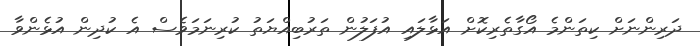
ދަރިންނަށް ކިތަންމެ އޯގާތެރިކޮށް އަޅާލައި އުފަލުން ތަރުބިއްޔަތު ކުރިނަމަވެސް އެ ކުދިން އުޅެންވާ